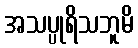
အသပ္ပုရိသဘူမိ